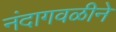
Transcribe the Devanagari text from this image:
नंदागवळीने